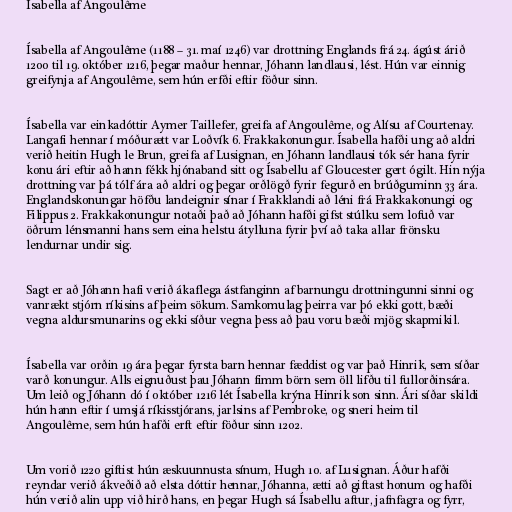
Ísabella af Angoulême

Ísabella af Angoulême (1188 – 31. maí 1246) var drottning Englands frá 24. ágúst árið
1200 til 19. október 1216, þegar maður hennar, Jóhann landlausi, lést. Hún var einnig
greifynja af Angoulême, sem hún erfði eftir föður sinn.

Ísabella var einkadóttir Aymer Taillefer, greifa af Angoulême, og Alísu af Courtenay.
Langafi hennar í móðurætt var Loðvík 6. Frakkakonungur. Ísabella hafði ung að aldri
verið heitin Hugh le Brun, greifa af Lusignan, en Jóhann landlausi tók sér hana fyrir
konu ári eftir að hann fékk hjónaband sitt og Ísabellu af Gloucester gert ógilt. Hin nýja
drottning var þá tólf ára að aldri og þegar orðlögð fyrir fegurð en brúðguminn 33 ára.
Englandskonungar höfðu landeignir sínar í Frakklandi að léni frá Frakkakonungi og
Filippus 2. Frakkakonungur notaði það að Jóhann hafði gifst stúlku sem lofuð var
öðrum lénsmanni hans sem eina helstu átylluna fyrir því að taka allar frönsku
lendurnar undir sig.

Sagt er að Jóhann hafi verið ákaflega ástfanginn af barnungu drottningunni sinni og
vanrækt stjórn ríkisins af þeim sökum. Samkomulag þeirra var þó ekki gott, bæði
vegna aldursmunarins og ekki síður vegna þess að þau voru bæði mjög skapmikil.

Ísabella var orðin 19 ára þegar fyrsta barn hennar fæddist og var það Hinrik, sem síðar
varð konungur. Alls eignuðust þau Jóhann fimm börn sem öll lifðu til fullorðinsára.
Um leið og Jóhann dó í október 1216 lét Ísabella krýna Hinrik son sinn. Ári síðar skildi
hún hann eftir í umsjá ríkisstjórans, jarlsins af Pembroke, og sneri heim til
Angoulême, sem hún hafði erft eftir föður sinn 1202.

Um vorið 1220 giftist hún æskuunnusta sínum, Hugh 10. af Lusignan. Áður hafði
reyndar verið ákveðið að elsta dóttir hennar, Jóhanna, ætti að giftast honum og hafði
hún verið alin upp við hirð hans, en þegar Hugh sá Ísabellu aftur, jafnfagra og fyrr,